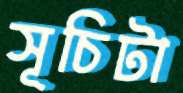
সূচিটা